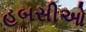
હબસીઓ